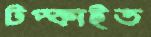
টপ্‌কাইত